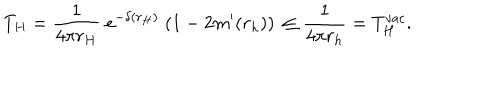
T _ { H } = { \frac { 1 } { 4 \pi r _ { H } } } \; e ^ { - \delta ( r _ { H } ) } \; ( 1 - 2 m ^ { \prime } ( r _ { h } ) ) \nonumber \, \leq \frac { 1 } { 4 \pi r _ { h } } = T _ { H } ^ { v a c } .